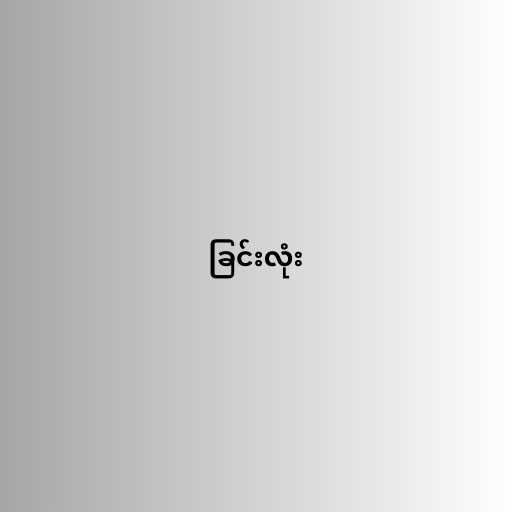
ခြင်းလုံး